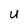
Character: u